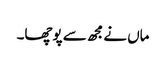
ماں نےمجھ سے پوچھا۔